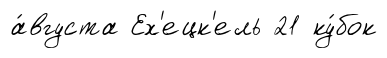
а́вгуста Ех'ецк'ель 21 ку́бок